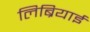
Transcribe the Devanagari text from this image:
लिब्रियाई